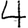
Digit: 4